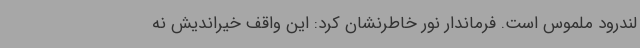
لندرود ملموس است. فرماندار نور خاطرنشان کرد: این واقف خیراندیش نه